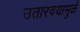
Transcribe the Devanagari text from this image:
उतारवयामुळे